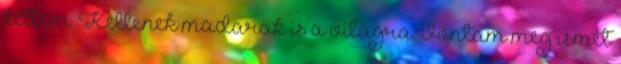
kétlem. Kellenek madarak is a világra. Vontam meg ismét